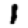
Digit: 1